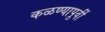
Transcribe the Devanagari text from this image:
कळण्यापूर्वी